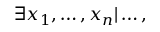
\exists x _ { 1 } , \dots , x _ { n } | \dots ,